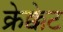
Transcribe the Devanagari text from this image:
क्रेक्केट